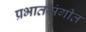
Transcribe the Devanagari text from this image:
प्रभातसंगीत